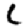
Digit: 5